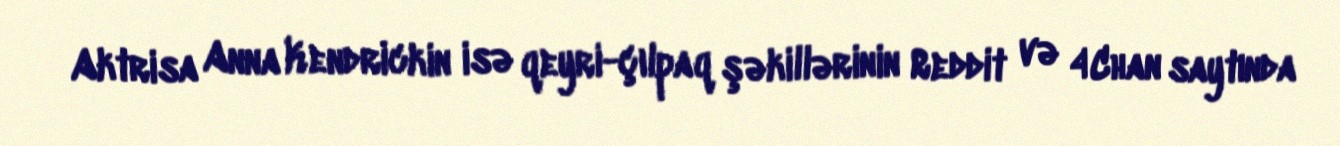
Aktrisa Anna Kendrickin isə qeyri-çılpaq şəkillərinin Reddit və 4Chan saytında